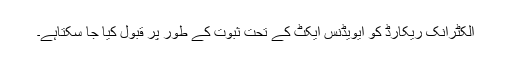
الکٹرانک ریکارڈ کو ایویڈنس ایکٹ کے تحت ثبوت کے طور پر قبول کیا جا سکتاہے۔